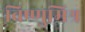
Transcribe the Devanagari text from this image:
विष्णुमिश्र